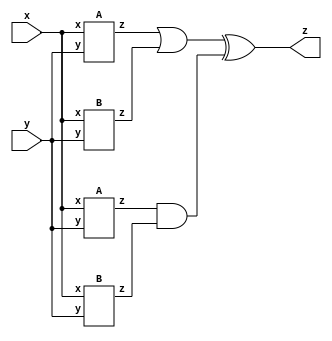
module top_module (input x, input y, output z);
    wire w1,w2,w3,w4,w5,w6;
    A Ia1(x,y,w1);
    
    B Ib1(x,y,w2);
    A Ia2(x,y,w3);
    B Ib2(x,y,w4);
   assign w5=w1|w2;
   assign w6=w3&w4;
    assign z=w5^w6;
    
    
    

endmodule
module A(x,y,z);
    input x,y;
    output z;
    assign z=(x^y)&x;
endmodule
module B(x,y,z);
    input x,y;
    output z;
    assign z=~(x^y);
endmodule